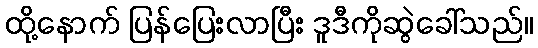
ထို့နောက် ပြန်ပြေးလာပြီး ဒူဒီကိုဆွဲခေါ်သည်။